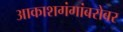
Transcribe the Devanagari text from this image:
आकाशगंगांबरोबर